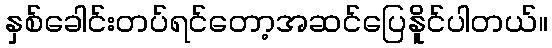
နှစ်ခေါင်းတပ်ရင်တော့အဆင်ပြေနိူင်ပါတယ်။